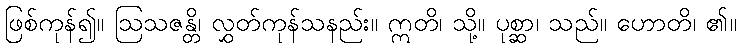
ဖြစ်ကုန်၍။ ဩသဇန္တိ၊ လွှတ်ကုန်သနည်း။ ဣတိ၊ သို့။ ပုစ္ဆာ၊ သည်။ ဟောတိ၊ ၏။